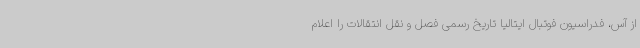
از آس، فدراسیون فوتبال ایتالیا تاریخ رسمی فصل و نقل انتقالات را اعلام